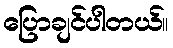
ပြောချင်ပါတယ်။